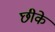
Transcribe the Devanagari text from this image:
छीके